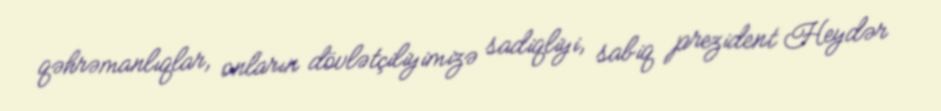
qəhrəmanlıqlar, onların dövlətçiliyimizə sadiqliyi, sabiq prezident Heydər